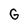
Character: G